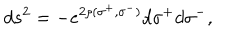
LaTeX: d s ^ { 2 } = - e ^ { 2 \rho ( \sigma ^ { + } , \sigma ^ { - } ) } d \sigma ^ { + } d \sigma ^ { - } ,